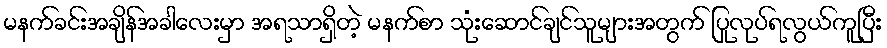
မနက်ခင်းအချိန်အခါလေးမှာ အရသာရှိတဲ့ မနက်စာ သုံးဆောင်ချင်သူများအတွက် ပြုလုပ်ရလွယ်ကူပြီး